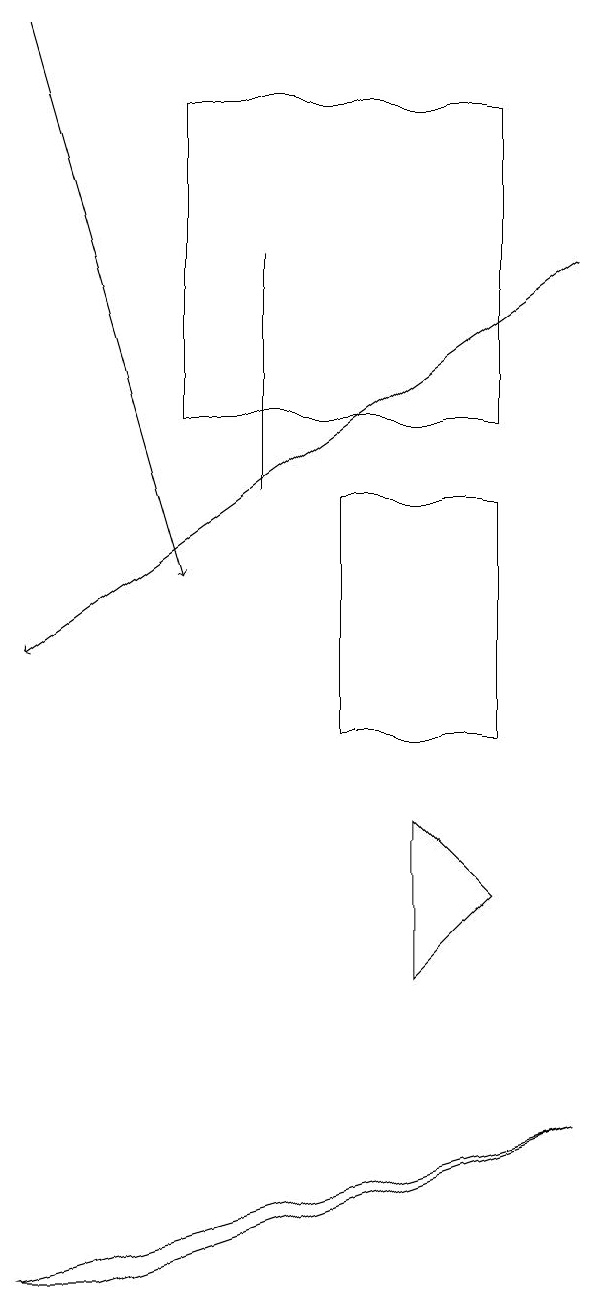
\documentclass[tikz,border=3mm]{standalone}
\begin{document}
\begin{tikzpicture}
\draw[->] (1,19) -- (3,12);
\draw (4,13) rectangle (4,16);
\draw (7,14) rectangle (3,18);
\draw[->] (8,16) -- (1,11);
\draw (2,3) -- (1,3) -- (8,5) -- cycle;
\draw (5,10) rectangle (7,13);
\draw (7,8) -- (6,7) -- (6,9) -- cycle;
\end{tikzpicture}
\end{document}